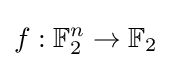
f:\mathbb {F} _{2}^{n}\rightarrow \mathbb {F} _{2}